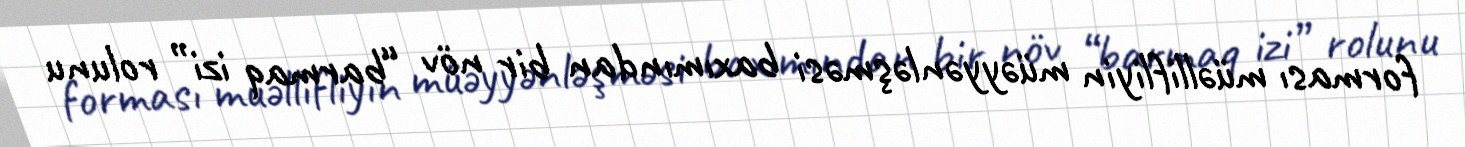
forması müəllifliyin müəyyənləşməsi baxımından bir növ “barmaq izi” rolunu